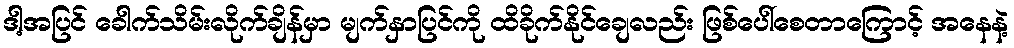
ဒါ့အပြင် ခေါက်သိမ်းလိုက်ချိန်မှာ မျက်နှာပြင်ကို ထိခိုက်နိုင်ချေလည်း ဖြစ်ပေါ်စေတာကြောင့် အနေနဲ့